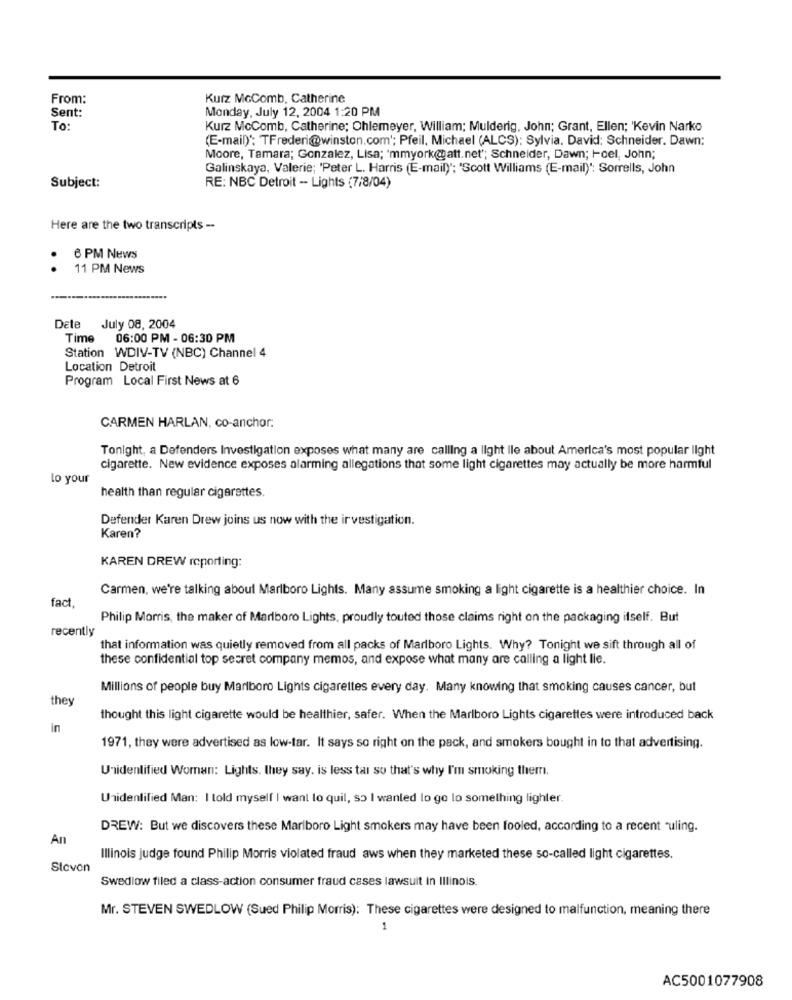
From:
Kurz McComb, Catherine
Sent:
Monday, July 12, 2004 1:20 PM
To:
Kurz McComb, Catherine; Ohlemeyer, William; Mulderig, John; Grant, Ellen; 'Kevin Narko
(E-mail) *: TFrederi@winston.com'; Pfeil, Michael (ALCS): Sylvia. David; Schneider. Dawn:
Moore, Tamara; Gonzalez, Lisa; 'mmyorkatt.net"; Schneider, Dawn; Hoel, John;
Galinskaya, Valerie; 'Peter L. Harris (E-mail)": 'Scott Williams (E-mail) *: Sorrells, John
Subject:
RE: NBC Detroit -- Lights (7/8/04)
Here are the two transcripts --
6 PM News
11 PM News
Dete July 08, 2004
Time
06:00 PM - 06:30 PM
Station WDIV-TV (NBC) Channel 4
Location Detroit
Program Local First News at 6
CARMEN HARLAN, co-anchor.
Tonight, a Defenders Investigation exposes what many are calling a light ile about America's most popular light
cigarette. New evidence exposes alarming allegations that some light cigarettes may actually be more harmful
lo your
health than regular cigarettes.
Defender Karen Drew joins us now with the investigation.
Karen?
KAREN DREW reporting:
Carmen, we're talking about Marlboro Lights. Many assume smoking a light cigarette is a healthier choice. In
fact
Philip Morris, the maker of Marlboro Lights, proudly touted those claims right on the packaging itself. But
recently
that information was quietly removed from all packs of Marlboro Lights. Why? Tonight we sift through all of
these confidential top secret company memos, and expose what many are calling a light lie.
Millions of people buy Marlboro Lights cigarettes every day. Many knowing that smoking causes cancer, but
they
thought this light cigarette would be healthier, safer. When the Marlboro Lights cigarettes were introduced back
in
1971, they were advertised as low-tar. It says so right on the pack, and smokers bought in to that advertising.
Unidentified Woman: Lights. they say, is less tal so that's why I'm smoking them.
Unidentified Man: I told myself I want to quil, so I wanted lo go lo something lighter.
DREW: But we discovers these Marlboro Light smokers may have been fooled, according to a recent "uling.
An
Illinois judge found Philip Morris violated fraud aws when they marketed these so-called light cigarettes.
Steven
Swedlow filed a class-action consumer fraud cases lawsuit in Illinois.
Mr. STEVEN SWEDLOW (Sued Philip Morris): These cigarettes were designed to malfunction, meaning there
1
AC5001077908